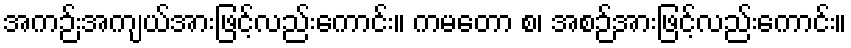
အကဉ်းအကျယ်အားဖြင့်လည်းကောင်း။ ကမတော စ၊ အစဉ်အားဖြင့်လည်းကောင်း။